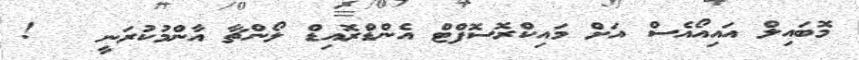
މޮބައިލް އައިއޯއެސް އަށް މައިކްރޮސޮފްޓް އެންޑްރޮއިޑް ލޯންޗާ އާންމުކުރަނީ   !